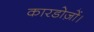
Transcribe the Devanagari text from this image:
कारडोज़ों।